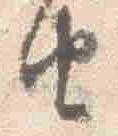
由